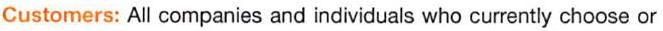
Customers: All companies and individuals who currently choose or